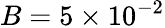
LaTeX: B=5\times 10^{-2}